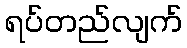
ရပ်တည်လျက်